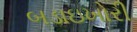
બડાઇખોરી